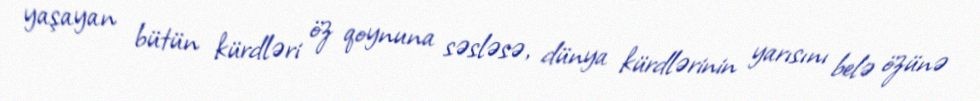
yaşayan bütün kürdləri öz qoynuna səsləsə, dünya kürdlərinin yarısını belə özünə